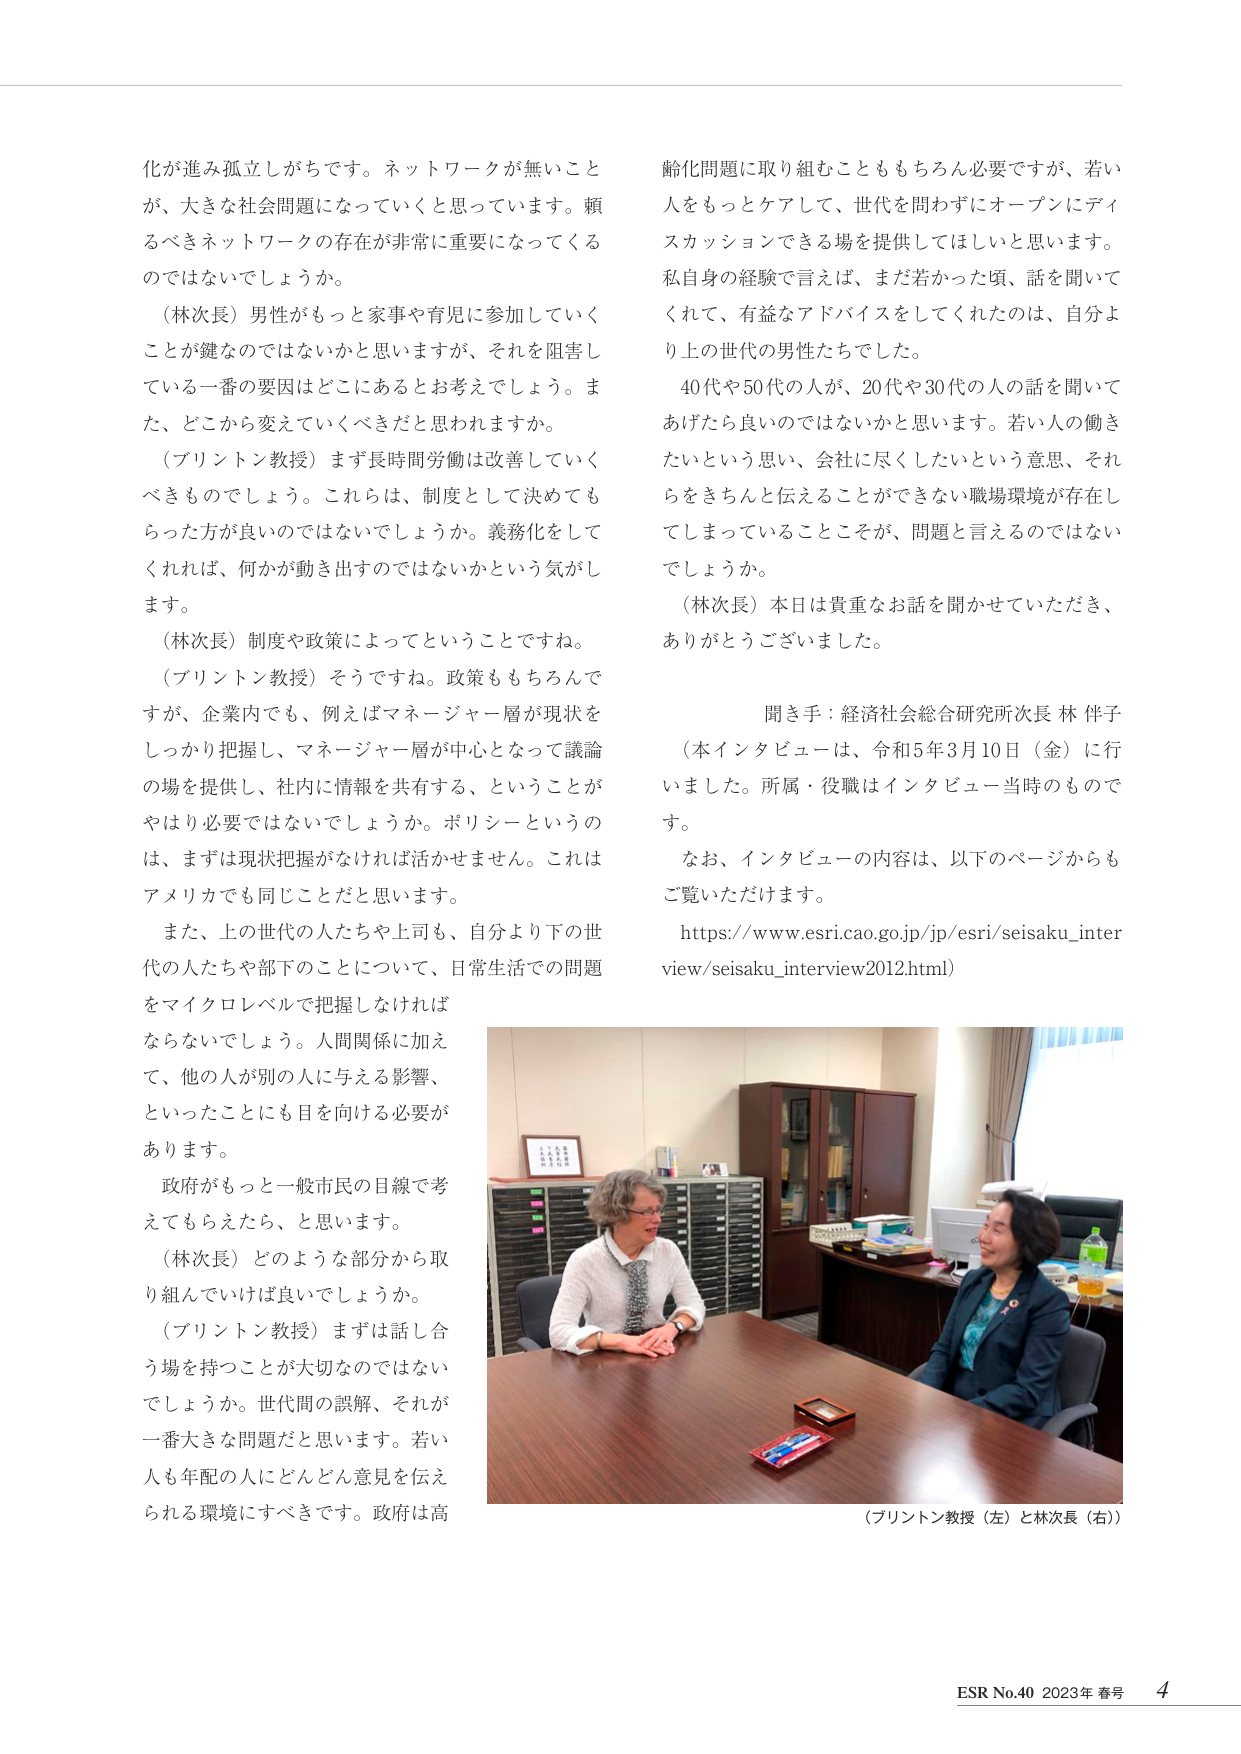
化が進み孤立しがちです。ネットワークが無いことが、大きな社会問題になっていくと思っています。頼るべきネットワークの存在が非常に重要になってくるのではないでしょうか。

（林次長）男性がもっと家事や育児に参加していくことが鍵なのではないかと思いますが、それを阻害している一番の要因はどこにあるとお考えでしょうか。また、どこから変えていくべきだと思われますか。

（プリントン教授）まず長時間労働は改善していくべきものでしょう。これらは、制度として決めてもらった方が良いのではないでしょうか。義務化をしてくれれば、何かが動き出すのではないかという気がします。

（林次長）制度や政策によってということですね。

（プリントン教授）そうですね。政策ももちろんですが、企業内でも、例えばマネージャー層が現状をしっかり把握し、マネージャー層が中心となって議論の場を提供し、社内に情報を共有する、ということがやはり必要ではないでしょうか。ポリシーというのは、まずは現状把握がなければ活かせません。これはアメリカでも同じことだと思います。

また、上の世代の人たちや上司も、自分より下の世代の人たちや部下のことについて、日常生活での問題をマイクロレベルで把握しなければならないでしょう。人間関係に加えて、他の人が別の人へ与える影響、といったことにも目を向ける必要があります。

政府がもっと一般市民の目線で考えてもらえたら、と思います。

（林次長）どのような部分から取り組んでいけば良いでしょうか。

（プリントン教授）まずは話し合う場を持つことが大切なのではないでしょうか。世代間の誤解、それが一番大きな問題だと思います。若い人も年配の人にどんどん意見を伝えられる環境にすべきです。政府は高

齢化問題に取り組むことももちろん必要ですが、若い人をもっとケアして、世代を問わずにオープンにディスカッションできる場を提供してほしいと思います。私自身の経験で言えば、まだ若かった頃、話を聞いてくれて、有益なアドバイスをしてくれたのは、自分より上の世代の男性たちでした。

40代や50代の人が、20代や30代の人の話を聞いてあげたら良いのではないかと思います。若い人の働きたいという思い、会社に尽くしたいという意思、それらをきちんと伝えることができない職場環境が存在してしまっていることこそが、問題と言えるのではないでしょうか。

（林次長）本日は貴重なお話を聞かせていただき、ありがとうございました。

聞き手：経済社会総合研究所次長 林 伴子
（本インタビューは、令和5年3月10日（金）に行いました。所属・役職はインタビュー当時のものです。）

なお、インタビューの内容は、以下のページからもご覧いただけます。
https://www.esri.cao.go.jp/jp/esri/seisaku_interview/seisaku_interview2012.html

（プリントン教授（左）と林次長（右））

ESR No.40 2023年 春号 4